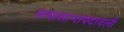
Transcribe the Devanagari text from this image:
समासान्तपदावली